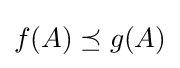
f(A)\preceq g(A)